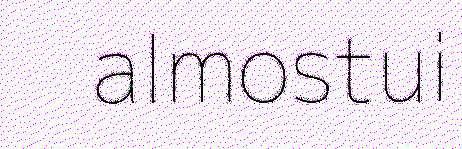
almostui